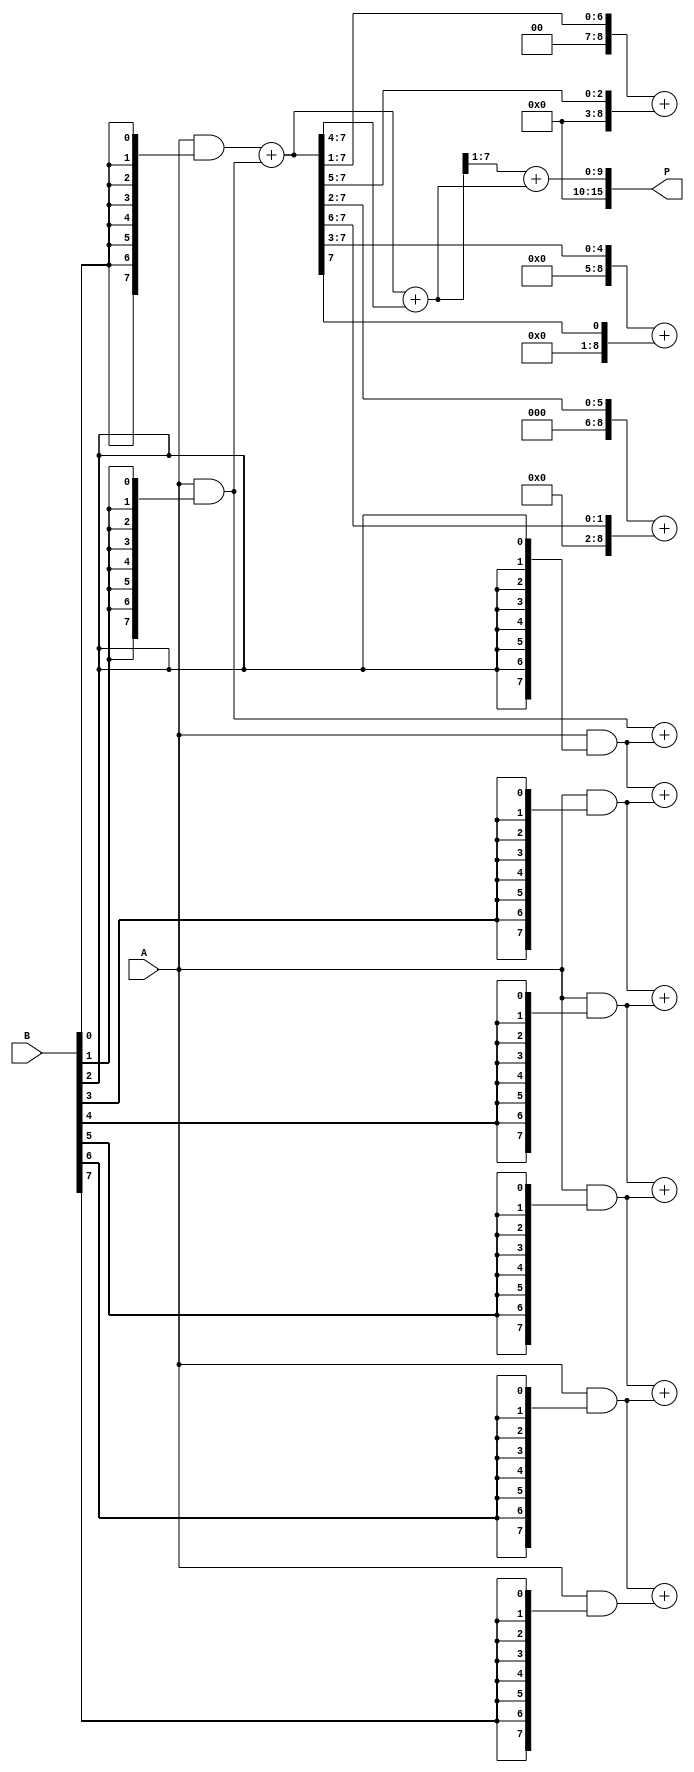
module AdaptiveWallaceTreeMultiplier #(parameter N = 8) (
    input [N-1:0] A,
    input [N-1:0] B,
    output reg [2*N-1:0] P
);

    // Intermediate wires
    wire [N-1:0] partial_products[N-1:0];
    wire [N:0] sum_layer1[N:0];
    wire [N:0] sum_layer2[N:0];
    wire [N:0] final_sum;
    
    // Generate partial products
    genvar i, j;
    generate
        for (i = 0; i < N; i = i + 1) begin : pp_gen
            assign partial_products[i] = A & {N{B[i]}};
        end
    endgenerate

    // Wallace tree reduction layers
    // First reduction layer
    generate
        for (i = 0; i < N-1; i = i + 1) begin : reduce_layer1
            assign {sum_layer1[i][N:1], sum_layer1[i][0]} = partial_products[i] + partial_products[i+1];
            // Handle carry
            assign sum_layer1[i+1] = {1'b0, sum_layer1[i][N-1:1]};
        end
    endgenerate

    // Second reduction layer (continue until we have two rows)
    generate
        for (i = 0; i < N/2; i = i + 1) begin : reduce_layer2
            assign {sum_layer2[i][N:1], sum_layer2[i][0]} = sum_layer1[i] + sum_layer1[i + N/2];
            assign sum_layer2[i+1] = {1'b0, sum_layer2[i][N-1:1]};
        end
    endgenerate

    // Final addition
    always @(*) begin
        // Assuming we have two layers' output
        P = sum_layer2[1] + sum_layer2[0];
    end

endmodule